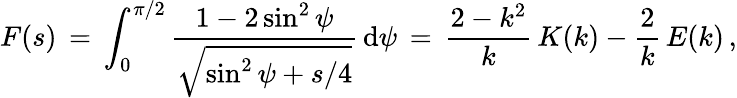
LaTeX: F(s)\, =\, \int_{0}^{\pi/2}\frac{1-2\sin^{2}\psi}{\sqrt{\sin^{2}\psi+s/4}}\, \mathrm{d}\psi\, =\, \frac{2-k^{2}}{k}\, K(k)-\frac{2}{k}\, E(k)\, ,